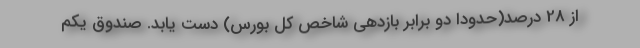
از 28 درصد(حدودا دو برابر بازدهی شاخص کل بورس) دست یابد. صندوق یکم